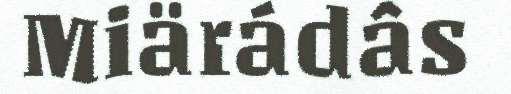
Miärádâs